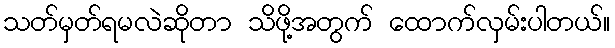
သတ်မှတ်ရမလဲဆိုတာ သိဖို့အတွက် ထောက်လှမ်းပါတယ်။